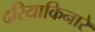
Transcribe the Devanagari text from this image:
दरियाकिनारे